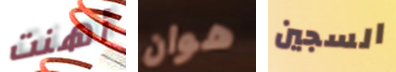
أهنت هوان السجين